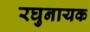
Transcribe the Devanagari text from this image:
रघुनायक